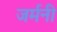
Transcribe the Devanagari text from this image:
जर्मनी